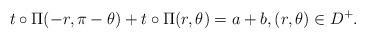
LaTeX: \begin{align*}t\circ \Pi(-r,\pi-\theta)+t\circ\Pi(r,\theta)=a+b,(r, \theta) \in D^+.\end{align*}